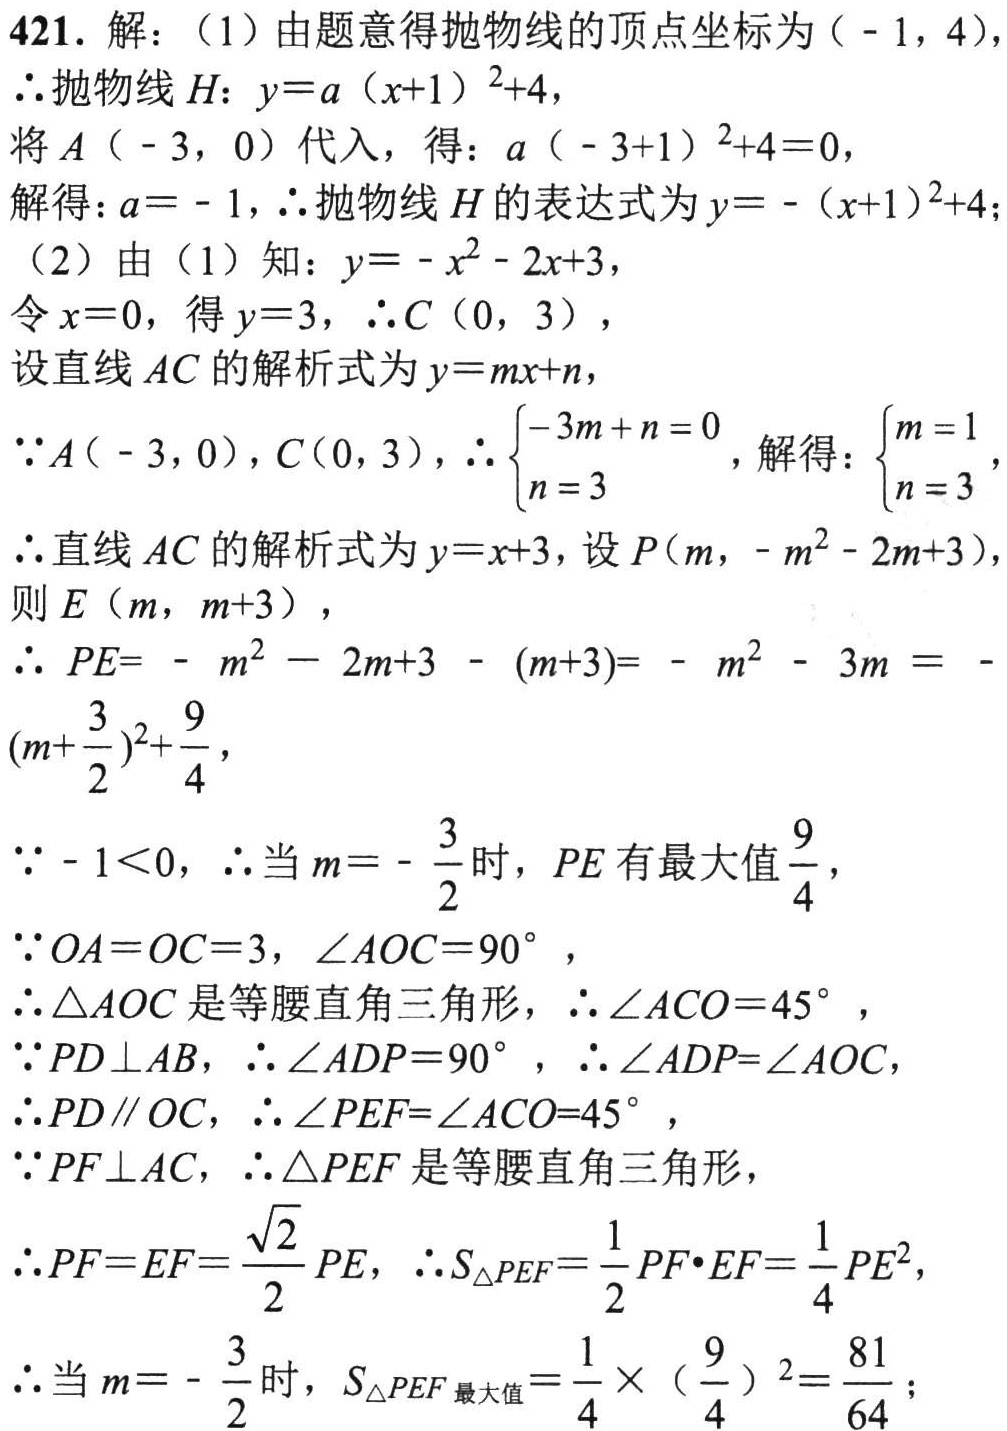
421. 解：（1）由题意得抛物线的顶点坐标为\(( - 1,4)\)，
\(\therefore\)抛物线\(H\)：\(y = a(x + 1)^2+4\)，
将\(A(-3,0)\)代入，得：\(a(-3 + 1)^2+4 = 0\)，
解得：\(a=-1\)，\(\therefore\)抛物线\(H\)的表达式为\(y=-(x + 1)^2+4\)；
（2）由（1）知：\(y=-x^{2}-2x + 3\)，
令\(x = 0\)，得\(y = 3\)，\(\therefore C(0,3)\)，
设直线\(AC\)的解析式为\(y=mx + n\)，
\(\because A(-3,0)\)，\(C(0,3)\)，\(\therefore\begin{cases}-3m + n = 0\\n = 3\end{cases}\)，解得：\(\begin{cases}m = 1\\n = 3\end{cases}\)，
\(\therefore\)直线\(AC\)的解析式为\(y=x + 3\)，设\(P(m,-m^{2}-2m + 3)\)，
则\(E(m,m + 3)\)，
\(\therefore PE=-m^{2}-2m + 3-(m + 3)=-m^{2}-3m=-(m+\frac{3}{2})^2+\frac{9}{4}\)，
\(\because - 1<0\)，\(\therefore\)当\(m = -\frac{3}{2}\)时，\(PE\)有最大值\(\frac{9}{4}\)，
\(\because OA = OC = 3\)，\(\angle AOC = 90^{\circ}\)，
\(\therefore\triangle AOC\)是等腰直角三角形，\(\therefore\angle ACO = 45^{\circ}\)，
\(\because PD\perp AB\)，\(\therefore\angle ADP = 90^{\circ}\)，\(\therefore\angle ADP=\angle AOC\)，
\(\therefore PD\parallel OC\)，\(\therefore\angle PEF=\angle ACO = 45^{\circ}\)，
\(\because PF\perp AC\)，\(\therefore\triangle PEF\)是等腰直角三角形，
\(\therefore PF = EF=\frac{\sqrt{2}}{2}PE\)，\(\therefore S_{\triangle PEF}=\frac{1}{2}PF\cdot EF=\frac{1}{4}PE^{2}\)，
\(\therefore\)当\(m = -\frac{3}{2}\)时，\(S_{\triangle PEF_{最大值}}=\frac{1}{4}\times(\frac{9}{4})^2=\frac{81}{64}\)；